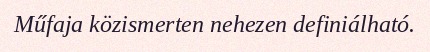
Műfaja közismerten nehezen definiálható.